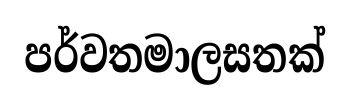
පර්වතමාලසතක්